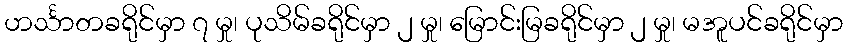
ဟင်္သာတခရိုင်မှာ ၇ မှု၊ ပုသိမ်ခရိုင်မှာ ၂ မှု၊ မြောင်းမြခရိုင်မှာ ၂ မှု၊ မအူပင်ခရိုင်မှာ